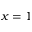
x = 1